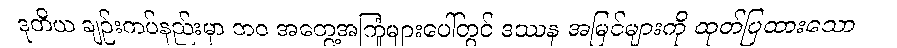
ဒုတိယ ချဉ်းကပ်နည်းမှာ ဘဝ အတွေ့အကြုံများပေါ်တွင် ဒဿန အမြင်များကို ထုတ်ပြထားသော